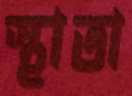
স্থাতা